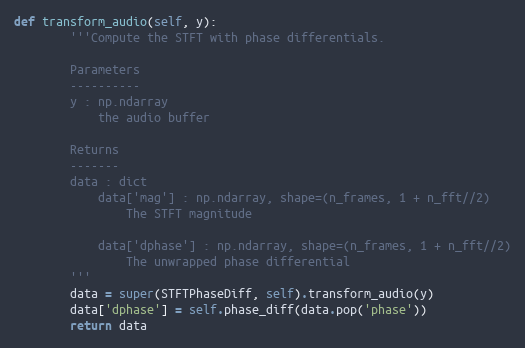
Language: Python
def transform_audio(self, y):
        '''Compute the STFT with phase differentials.

        Parameters
        ----------
        y : np.ndarray
            the audio buffer

        Returns
        -------
        data : dict
            data['mag'] : np.ndarray, shape=(n_frames, 1 + n_fft//2)
                The STFT magnitude

            data['dphase'] : np.ndarray, shape=(n_frames, 1 + n_fft//2)
                The unwrapped phase differential
        '''
        data = super(STFTPhaseDiff, self).transform_audio(y)
        data['dphase'] = self.phase_diff(data.pop('phase'))
        return data